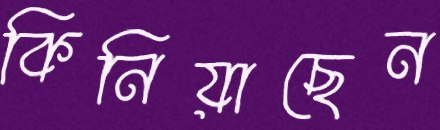
কিনিয়াছেন